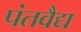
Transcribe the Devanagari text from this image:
पंतवैद्य